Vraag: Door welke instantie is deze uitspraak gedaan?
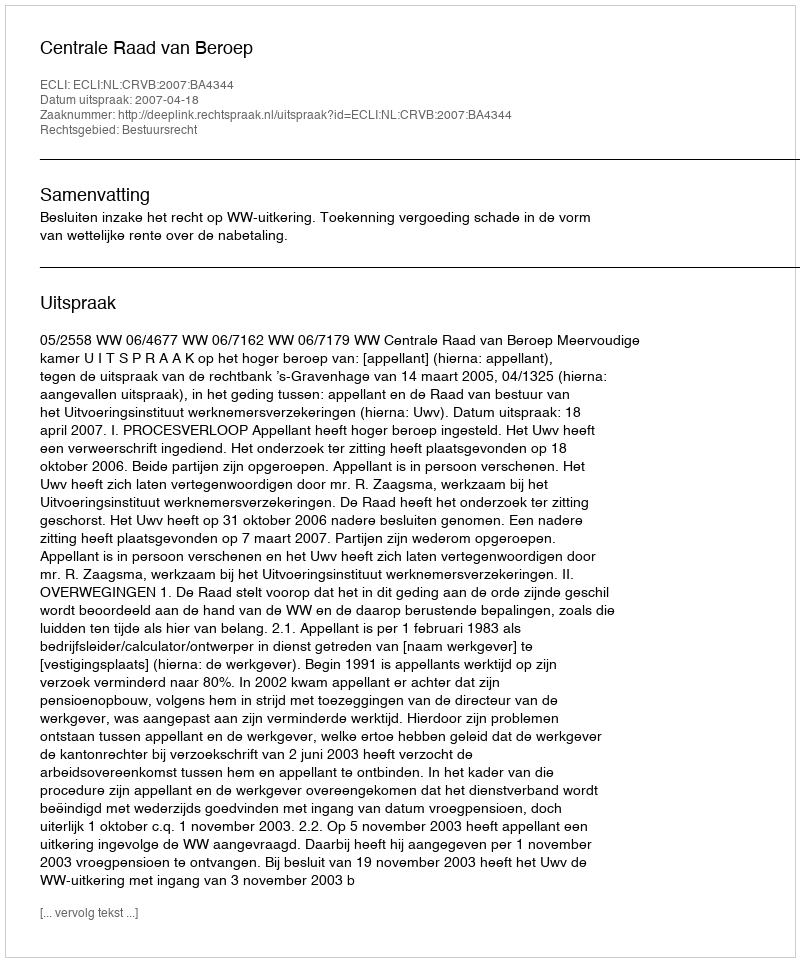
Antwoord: Centrale Raad van Beroep